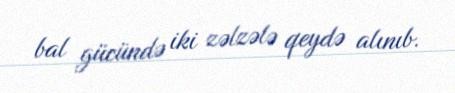
bal gücündə iki zəlzələ qeydə alınıb.